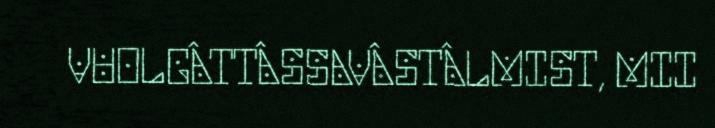
VUOLGÂTTÂSSAVÂSTÂLMIST, MII